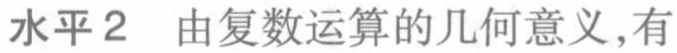
水平2 由复数运算的几何意义,有